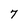
Character: 7